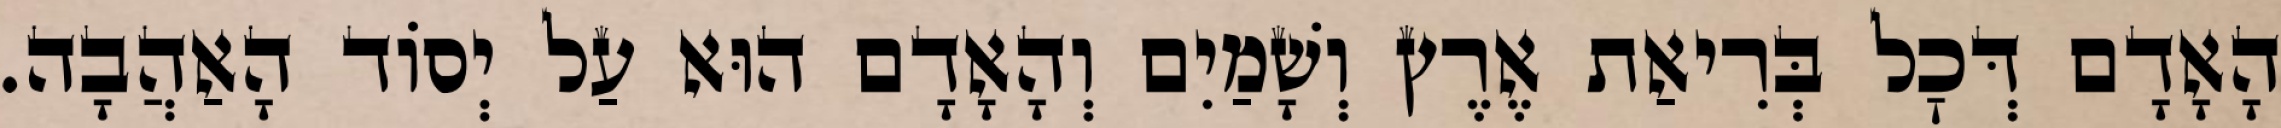
הָאָדָם דְּכׇל בְּרִיאַת אֶרֶץ וְשָׁמַיִם וְהָאָדָם הוּא עַל יְסוֹד הָאַהֲבָה.